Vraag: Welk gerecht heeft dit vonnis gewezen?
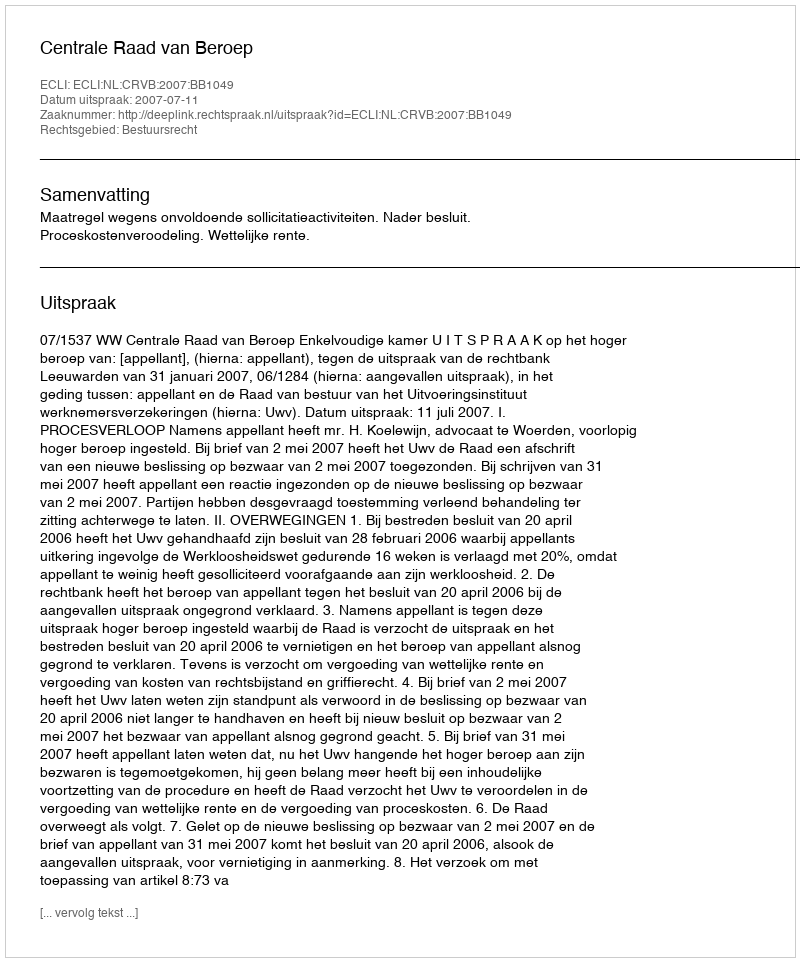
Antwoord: Centrale Raad van Beroep